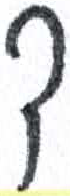
אות: ד